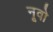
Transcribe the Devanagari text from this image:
नूवो